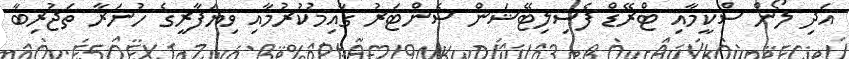
އަދި ލޯން ސްކީމާއި ޓްރޭޑް ފެސިލިޓޭޝަން ސެންޓަރު ގާއިމުކުރުމާއި ވިޔަފާރީގެ ހުނަރާ ތަޖުރިބާ